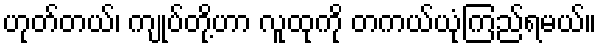
ဟုတ်တယ်၊ ကျုပ်တို့ဟာ လူထုကို တကယ်ယုံကြည်ရမယ်။